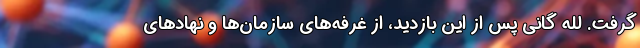
گرفت. لله‌ گانی پس از این بازدید، از غرفه‌های سازمان‌ها و نهادهای